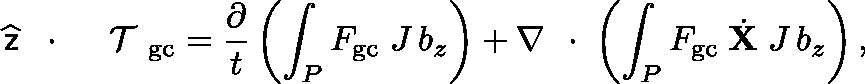
\widehat { \sf z } \, \mathrm { ~ \boldmath ~ \cdot ~ } \, \mathrm { ~ \boldmath ~ \cal ~ T ~ } _ { \mathrm { g c } } = \frac { \partial } { t } \left( \int _ { P } F _ { \mathrm { g c } } \; J \, b _ { z } \right) + \nabla \mathrm { ~ \boldmath ~ \cdot ~ } \left( \int _ { P } F _ { \mathrm { g c } } \; \dot { \bf X } \; J \, b _ { z } \right) ,